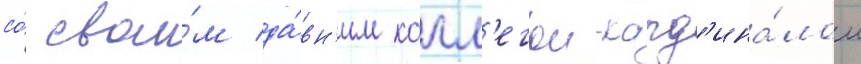
со́ свои́м да́вн'им колл'егои-кард'ина́лом